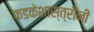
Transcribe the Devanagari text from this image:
फडकेशास्त्रींनी